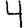
Digit: 4